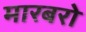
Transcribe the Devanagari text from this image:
मारबरो